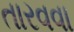
તારવવા